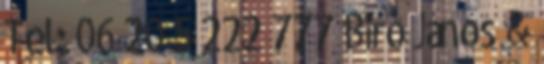
Tel: 06 20 5 222 777 Biró János &